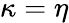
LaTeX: \kappa=\eta